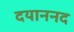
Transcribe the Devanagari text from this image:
दयाननद